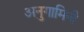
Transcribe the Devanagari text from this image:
अनुगामिनी